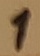
Text: 1